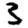
Digit: 3